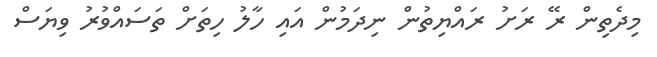
މިދެތިން ރޭ ރަށު ރައްޔިިތުން ނިދަމުން އައި ހާލު ހިތަށް ތަސައްވުރު ވިޔަސް